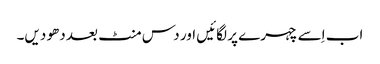
اب اِسے چہرے پر لگائیں اور دس منٹ بعد دھو دیں۔